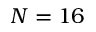
N = 1 6